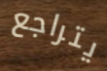
يتراجع